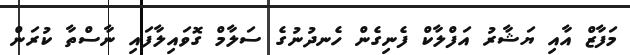
މަފާޒް އާއި ޔަޝާރު އަފްލާކް ފެނިގެން ހެނދުނުގެ ސަލާމް ގޮވައިލާފައި ނާސްތާ ކުރަން